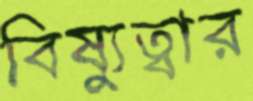
বিষ্যুত্বার